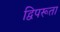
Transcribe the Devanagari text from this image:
द्विपरूता